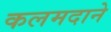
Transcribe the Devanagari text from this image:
कलमदाने